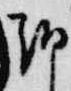
朝